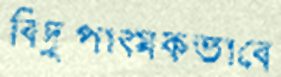
বিদ্রূপাত্মকভাবে